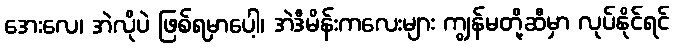
အေးလေ၊ အဲလိုပဲ ဖြစ်ရမှာပေါ့၊ အဲဒီမိန်းကလေးများ ကျွန်မတို့ဆီမှာ လုပ်နိုင်ရင်